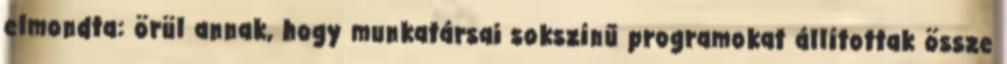
elmondta: örül annak, hogy munkatársai sokszínű programokat állítottak össze